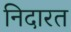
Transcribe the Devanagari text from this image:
निदारत